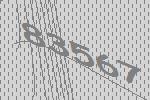
83567